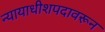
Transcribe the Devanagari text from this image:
न्यायाधीशपदावरून